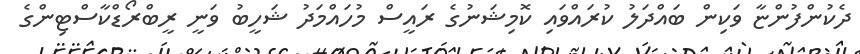
ދެކުންފުންޏާ ވަކިން ބައްދަލު ކުރައްވައި ކޮމިޝަނުގެ ރައީސް މުހައްމަދު ޝަހީބު ވަނީ ރީބްރޯޑްކާސްޓިންގެ